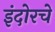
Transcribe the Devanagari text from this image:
इंदोरचे